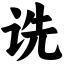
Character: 诜